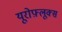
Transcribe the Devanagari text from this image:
यूरोफ़्लूक्स